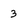
Character: 3